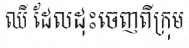
ឈី ដែលដុះចេញពីក្រុម